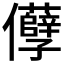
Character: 𠑦